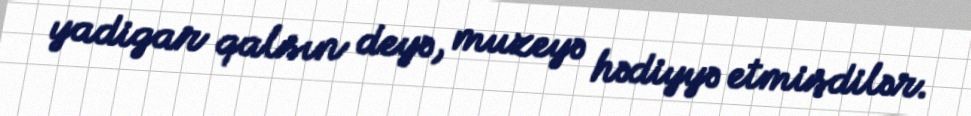
yadigar qalsın deyə, muzeyə hədiyyə etmişdilər.